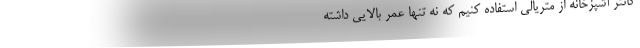
کانتر آشپزخانه از متریالی استفاده کنیم که نه تنها عمر بالایی داشته